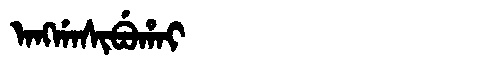
Manchu: ᠠᠩᡤᠠᠰᡳᠪᡠᡥᠠᡳ
Romanization: ANGGASIBUHAI